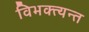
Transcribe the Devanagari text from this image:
विभक्त्यन्त